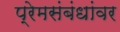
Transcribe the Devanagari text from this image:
प्रेमसंबंधांवर